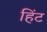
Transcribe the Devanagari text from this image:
हिंट